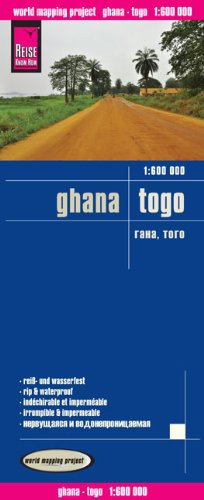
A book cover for Ghana, Togo = Gana, Togo; Reise Know-How Verlag; Travel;